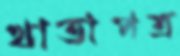
খাতাপত্র